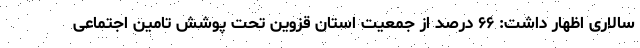
سالاری اظهار داشت: ۶۶ درصد از جمعیت استان قزوین تحت پوشش تامین اجتماعی